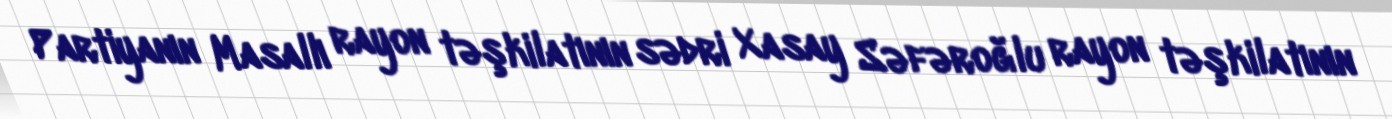
Partiyanın Masallı rayon təşkilatının sədri Xasay Səfəroğlu rayon təşkilatının